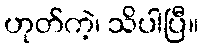
ဟုတ်ကဲ့၊ သိပါပြီ။